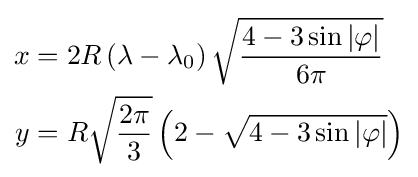
{\begin{aligned}x&=2R\left(\lambda -\lambda _{0}\right){\sqrt {\frac {4-3\sin |\varphi |}{6\pi }}}\\y&=R{\sqrt {\frac {2\pi }{3}}}\left(2-{\sqrt {4-3\sin |\varphi |}}\right)\end{aligned}}